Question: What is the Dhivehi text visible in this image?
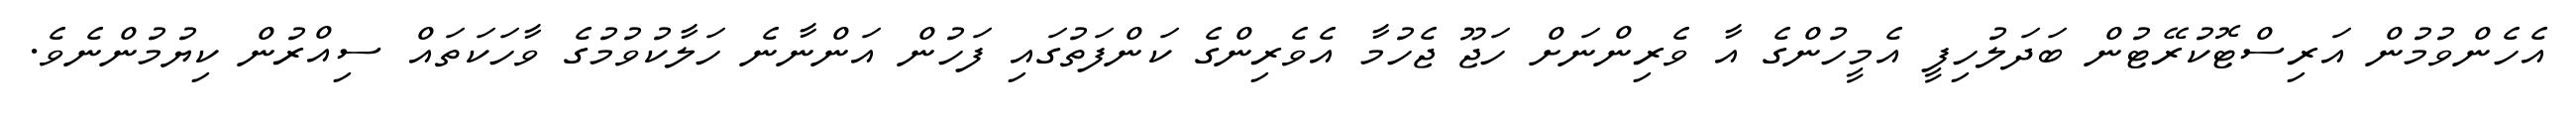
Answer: އެހެންވުމުން އަރިސްޓޮކުރޭޓުން ބަދަލުހިފީ އެމީހުންގެ އާ ވެރިންނަށް ހަޖޫ ޖެހުމާ އެވެރިންގެ ކަންފަތުގައި ފަހުން އަންނާނެ ހަލާކުވުމުގެ ވާހަކަތައް ސިއްރުން ކިޔުމުންނެވެ.